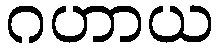
ဂဟာယ